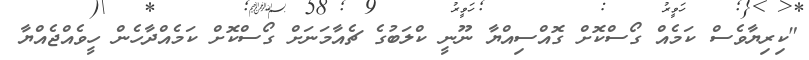
"ކިރިޔާވެސް ކަމެއް ގޯސްކޮށް ގޮއްސިއްޔާ ނޫނީ ކްލަބުގެ ޗެއާމަނަށް ގޯސްކޮށް ކަމެއްދާހެން ހީވެއްޖެއްޔާ